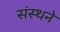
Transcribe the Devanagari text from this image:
संस्थने